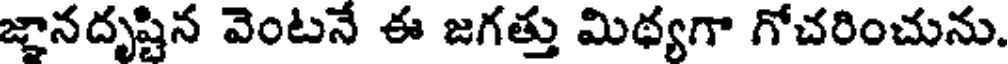
జ్ఞానదృష్టిన వెంటనే ఈ జగత్తు మిథ్యగా గోచరించును.